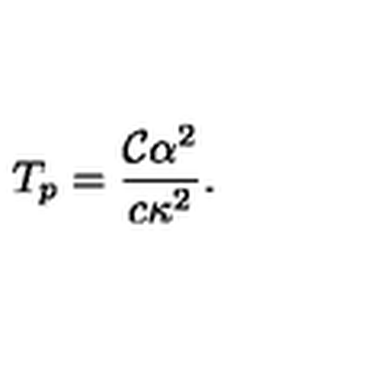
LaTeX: T _ { p } = { \frac { { \mathcal { C } } \alpha ^ { 2 } } { c \kappa ^ { 2 } } } .